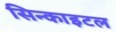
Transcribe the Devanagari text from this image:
सिन्काइटल